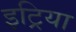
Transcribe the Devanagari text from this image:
इट्रिया